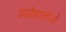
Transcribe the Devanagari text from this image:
प्रयोशालाओं